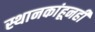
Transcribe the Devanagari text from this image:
स्थानकांहूनही